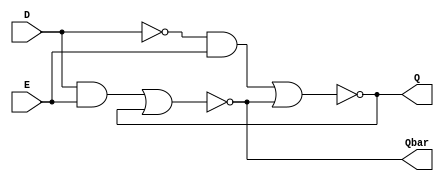
module D_latch(D,E,Q,Qbar);
input D,E;
output Q,Qbar;
wire t1,t2;
assign t1=D&E;
assign t2=(~D)&E;
assign Qbar=~(t1 | Q);
assign Q=~(t2 | Qbar);
endmodule